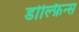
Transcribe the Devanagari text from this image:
डोल्फ़िन्स